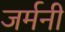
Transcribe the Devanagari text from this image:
जर्मनी